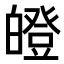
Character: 𤾢